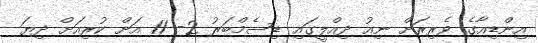
އިންޑިއާގެ ވެރިރަށް ނިއު ދިއްލީގައި ޑިސެމްބަރު 2- 11 އަށް ކުރިއަށް ދިޔަ